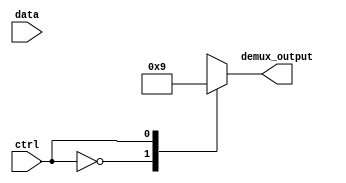
module demux #(parameter NUM_OUTPUTS = 2)
(
    input wire data,
    input wire ctrl,
    output reg [NUM_OUTPUTS-1:0] demux_output
);

always @ (ctrl)
begin
    case(ctrl)
        2'b00: demux_output <= {1'b1, 1'b0}; // Output 0 selected
        2'b01: demux_output <= {1'b0, 1'b1}; // Output 1 selected
        // Add cases for more output signals as needed
        default: demux_output <= {1'b0, 1'b0}; // Default case
    endcase
end

endmodule